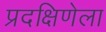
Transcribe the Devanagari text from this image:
प्रदक्षिणेला